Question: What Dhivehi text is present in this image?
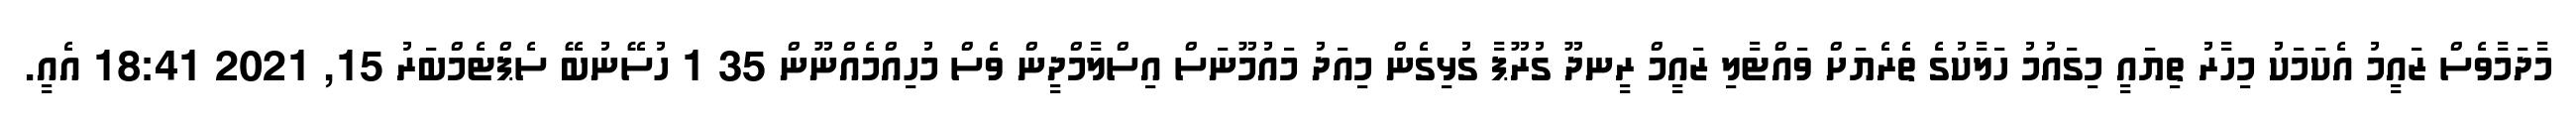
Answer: މާދަމާވެސް ޒައީމު އެކަމަކު މިހާރު ތިޔައީ މިގައުމު ހަލާކުގެ ތެރެޔަށް ވައްޓާލި ޒައީމް ރީނދޫ ގުރޫޕާ ގުޅިގެން މިއަދު މައުމޫނަސް އިސްލާމްދީން ވެސް މުހިއްމެއްނޫން 35 1 ހުސޭނުބޭ ސެޕްޓެމްބަރު 15, 2021 18:41 އެއީ.